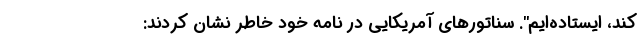
کند، ایستاده‌ایم". سناتورهای آمریکایی در نامه خود خاطر نشان کردند: